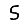
Digit: 5